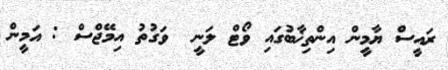
ރައީސް ޔާމީން އިންތިޚާބުގައި ވޯޓް ލަނީ  ވަގުތު އިމޭޖްސް : އަމީން